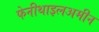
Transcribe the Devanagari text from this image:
फेनीथाइलअमीन